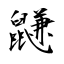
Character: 鼸